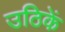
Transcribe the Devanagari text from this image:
उठिकें